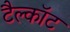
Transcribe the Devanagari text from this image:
टैल्कॉट